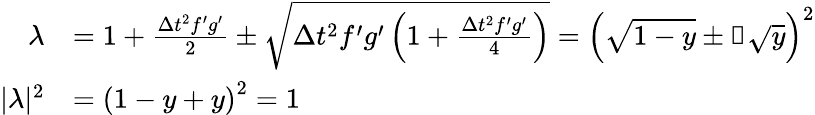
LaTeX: \begin{array}{rl}{\lambda}&{=1+\frac{\Delta t^{2}f^{\prime}g^{\prime}}{2}\pm\sqrt{\Delta t^{2}f^{\prime}g^{\prime}\left(1+\frac{\Delta t^{2}f^{\prime}g^{\prime}}{4}\right)}=\left(\sqrt{1-y}\pm\mathbb{i}\sqrt{y}\right)^{2}}\\ {|\lambda|^{2}}&{=\left(1-y+y\right)^{2}=1}\end{array}